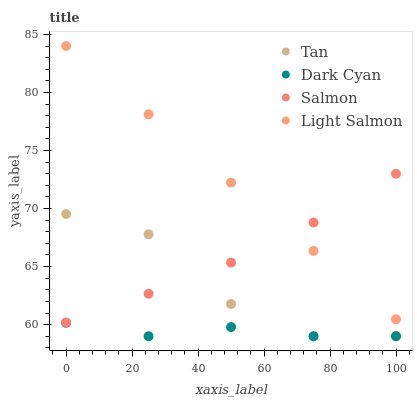
| xaxis_label | Tan | Dark Cyan | Salmon | Light Salmon |
 | --- | --- | --- | --- | --- |
 | 0 | 69.5 | 60.2 | 60.2 | 84 |
 | 25 | 67.8 | 59 | 62.7 | 78.1 |
 | 50 | 61.8 | 59.8 | 65.3 | 72.2 |
 | 75 | 59 | 59 | 68.8 | 66.4 |
 | 100 | 59 | 59 | 73 | 60.5 |